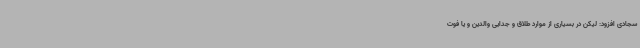
سجادی افزود: لیکن در بسیاری از موارد طلاق و جدایی والدین و یا فوت